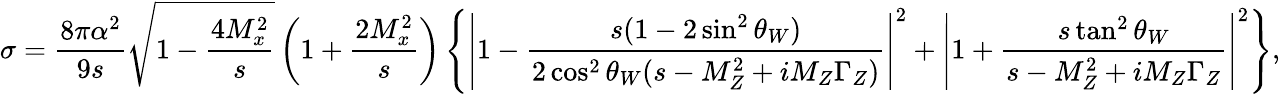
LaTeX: \sigma={\frac{8\pi\alpha^{2}}{9s}}\sqrt{1-{\frac{4M_{x}^{2}}{s}}}\left(1+{\frac{2M_{x}^{2}}{s}}\right)\left\{ \left|1-{\frac{s(1-2\sin^{2}\theta_{W})}{2\cos^{2}\theta_{W}(s-M_{Z}^{2}+iM_{Z}\Gamma_{Z})}}\right|^{2}+\left|1+{\frac{s\tan^{2}\theta_{W}}{s-M_{Z}^{2}+iM_{Z}\Gamma_{Z}}}\right|^{2}\right\} ,